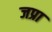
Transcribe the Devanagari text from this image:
जप्रा